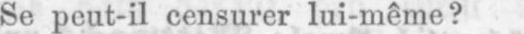
Se peut-il censurer lui-même?